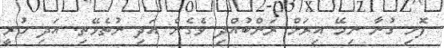
ފޮށި ގުނާ ނިމޭ އިރަށް ރަންބުއްދި ވެގެން އަދި ނުތެޅޭތި. އަދި ހުރީ